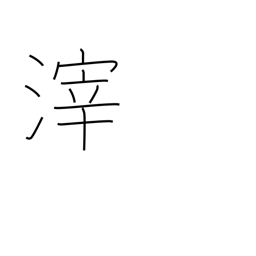
Meaning: dregs